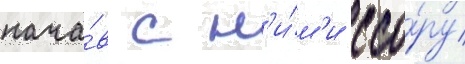
нача́в с н'и́м'и ссо́ру